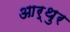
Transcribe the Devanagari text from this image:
आर्थुर